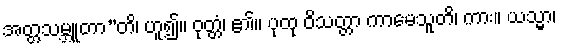
အတ္တသမ္ဘူတာ”တိ၊ ဟူ၍။ ဝုတ္တံ၊ ၏။ ပုထု ဝိသတ္တာ ကာမေသူတိ၊ ကား။ ယသ္မာ၊